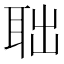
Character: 聉